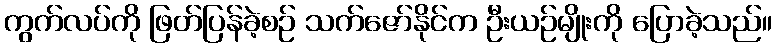
ကွက်လပ်ကို ဖြတ်ပြန်ခဲ့စဉ် သက်ဇော်နိုင်က ဦးယဉ်မျိုးကို ပြောခဲ့သည်။